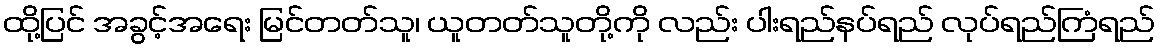
ထို့ပြင် အခွင့်အရေး မြင်တတ်သူ၊ ယူတတ်သူတို့ကို လည်း ပါးရည်နပ်ရည် လုပ်ရည်ကြံရည်